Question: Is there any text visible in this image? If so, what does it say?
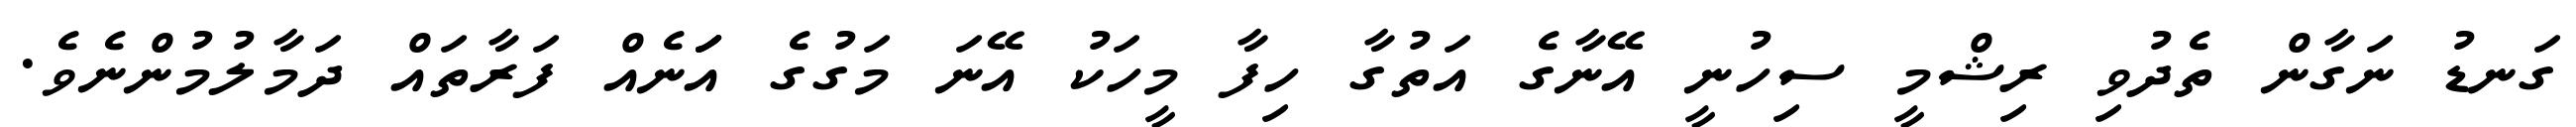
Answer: ގަނޑު ނަގާން ތެދުވި ރިޝްމީ ސިހުނީ އޭނާގެ އަތުގާ ހިފާ މީހަކު އޭނަ މަގުގެ އަަަނެއް ފަރާތައް ދަމާލުމުންނެވެ.